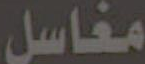
مغاسل